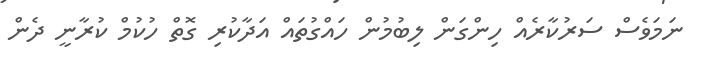
ނަމަވެސް ސަރުކާރެއް ހިންގަން ލިބުމުން ހައްގުތައް އަދާކުރި ގޮތް ހުކުމް ކުރާނީ ދެން